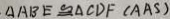
\Delta A B E \cong \Delta C D F ( A A S )